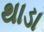
થાડા